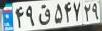
۴۹ق۵۴۷۲۹